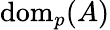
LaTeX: \mathrm{dom}_{p}(A)